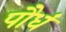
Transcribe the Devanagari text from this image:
पौधं